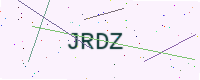
Text: JRDZ